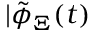
| \tilde { \phi } _ { \Xi } ( t )